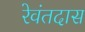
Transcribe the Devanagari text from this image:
रेवंतदास